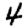
Digit: 4